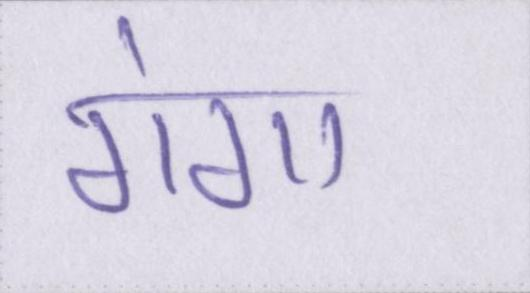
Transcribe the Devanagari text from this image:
गंगा